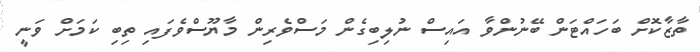
ތާޒާކޮށް ބަހައްޓަން ބޭނުންވާ އައިސް ނުލިބިގެން މަސްވެރިން މާޔޫސްވެފައި ތިބި ކަމަށް ވަނީ